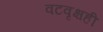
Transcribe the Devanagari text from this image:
वटवृक्षही